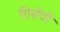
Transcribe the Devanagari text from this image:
गिसेपी